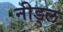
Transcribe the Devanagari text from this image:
नीड्ल